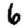
Digit: 6